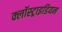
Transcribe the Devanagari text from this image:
क्लॉस्ट्राइडियम